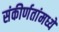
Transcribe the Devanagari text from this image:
संकीर्णतांमध्ये